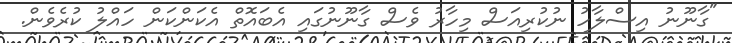
"ގާނޫނު އިސްލާހު ނުކުރިއަސް މިހާރު ވެސް ގާނޫނުގައި އެބައޮތް އެކަންކަން ހައްލު ކުރެވެން.